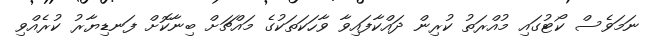
ނަމަވެސް ކޯޓުގައި މުއްރަތު ކުރިން ދައްކާފައިވާ ވާހަކަތަކުގެ މައްޗަށް ބިނާކޮށް ފަނޑިޔާރު ކުރެއްވި